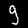
Digit: 9